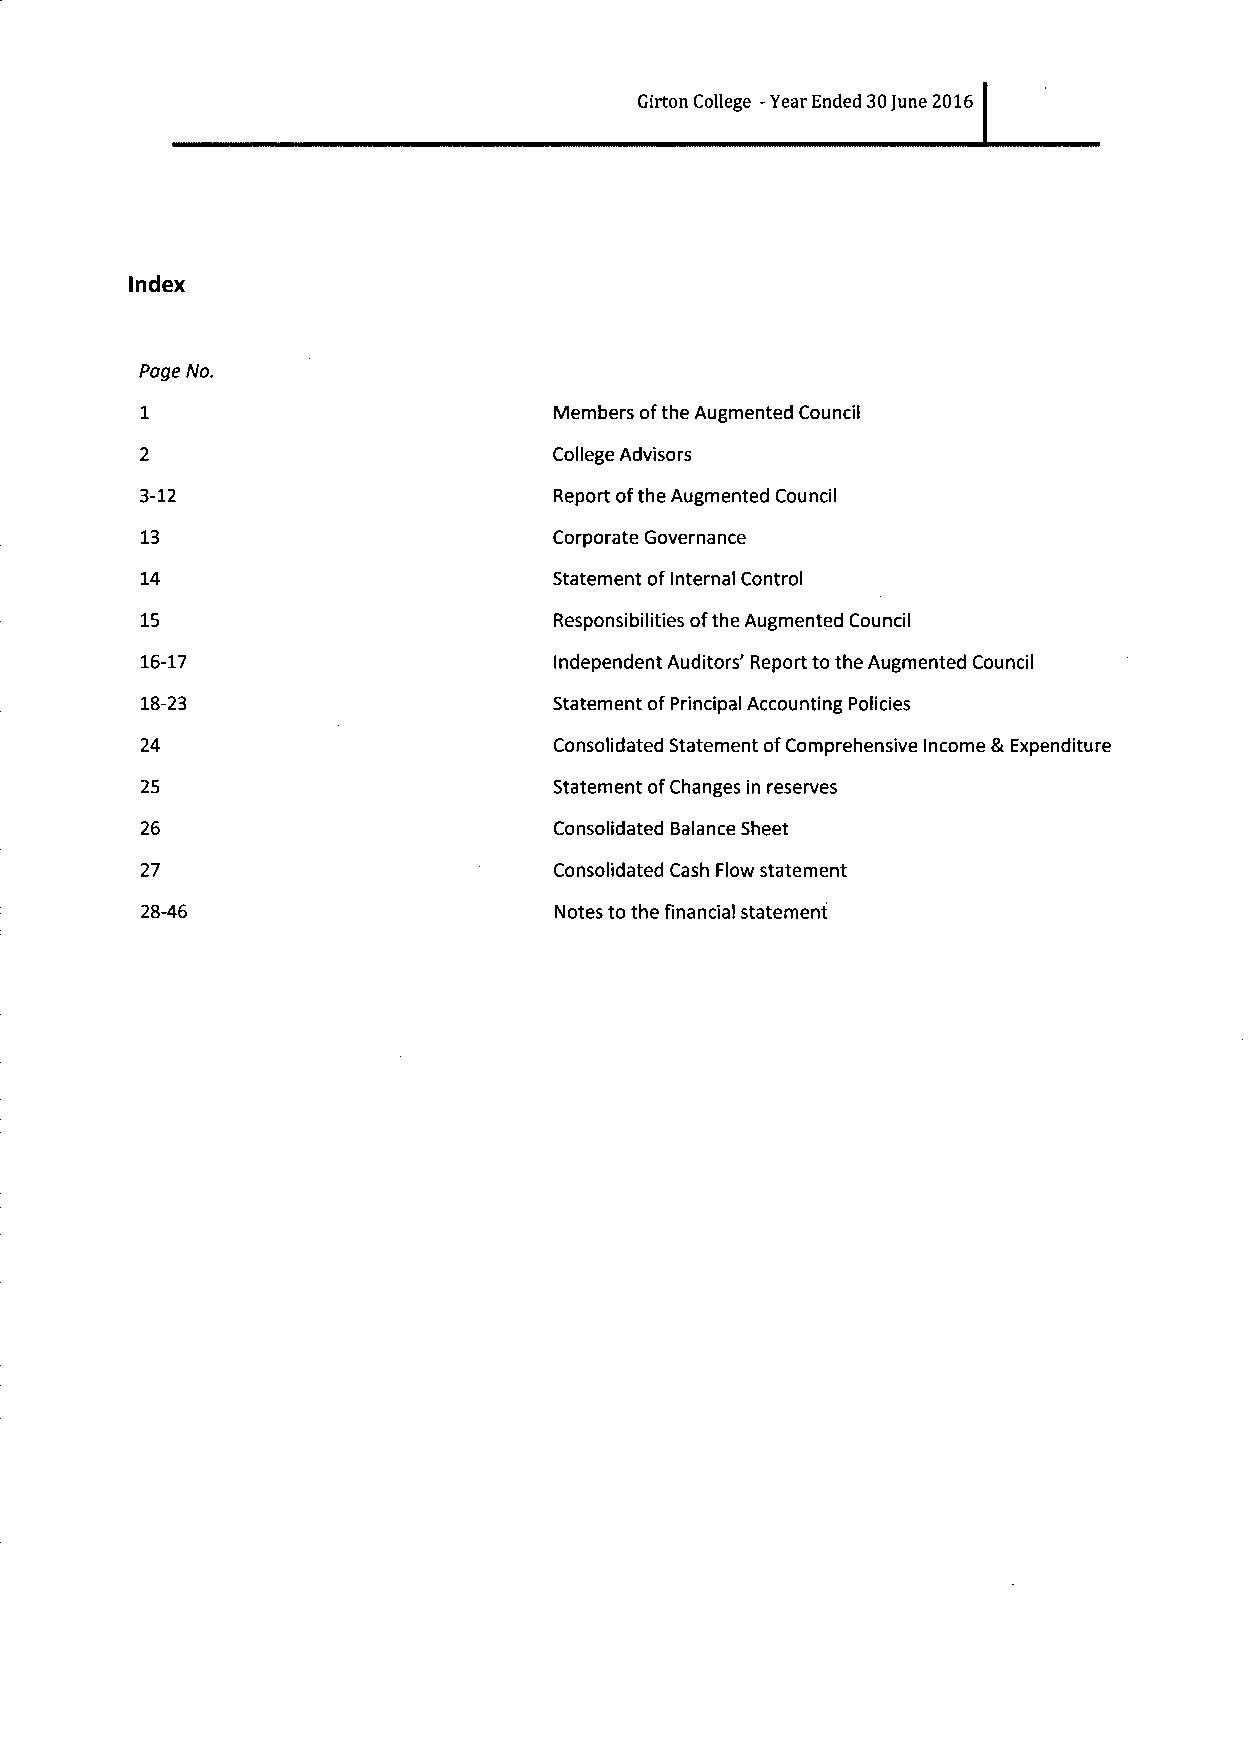
Girton College -Year Ended 30June 2016
 Index
 Page No.
 Members ofthe Augmented Council
 College Advisors
 3-12                        Report ofthe Augmented Council
 13                          Corporate Governance
 14                          Statement ofInternal Control
 15                          Responsibilities ofthe Augmented Council
 16-17                       Independent Auditors' Report to the Augmented Council
 18-23                       Statement ofPrincipal Accounting Policies
 24                          Consolidated Statement ofComprehensive Income &Expenditure
 25                          Statement ofChanges in reserves
 26                          Consolidated Balance Sheet
 27                          Consolidated Cash Flow statement
 28-46                       Notes to the financial statement